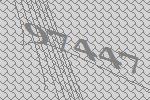
97447